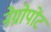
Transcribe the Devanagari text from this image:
नेग्रोपोंट